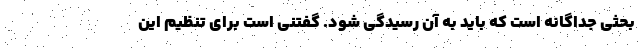
بحثی جداگانه است که باید به آن رسیدگی شود. گفتنی است برای تنظیم این